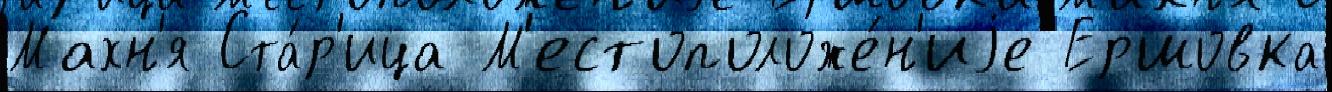
Махн'я Ста́р'ица М'естоположе́н'иjе Ершовка